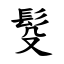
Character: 䯴